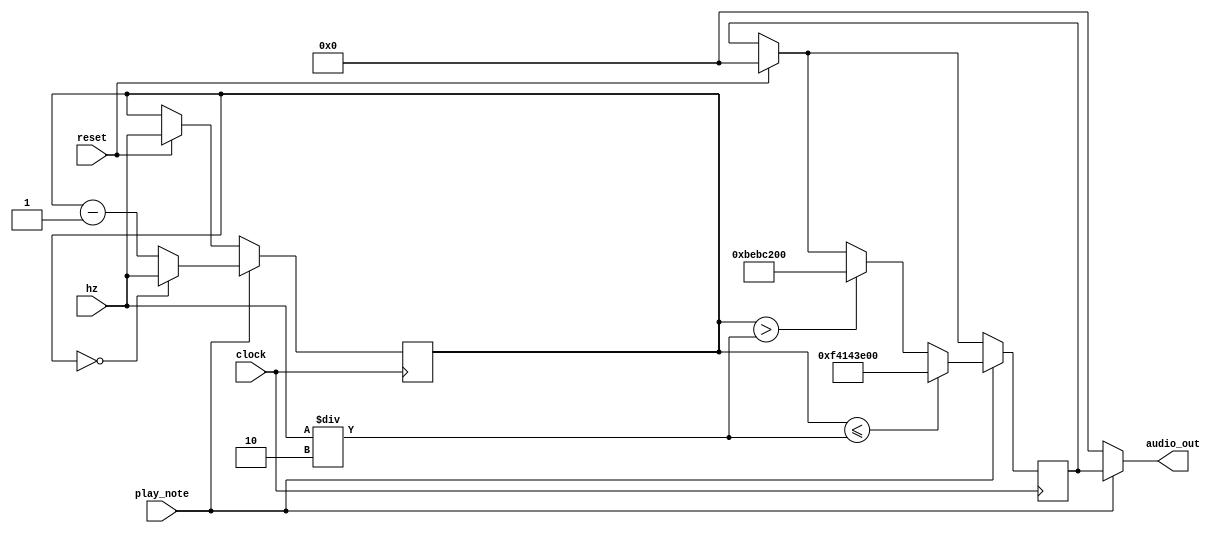
module Flat_Wave(
	input clock,
	input reset,
	input play_note,
	input [31:0]hz,
	output [31:0]audio_out
	);
	
	localparam AMPLITUDE = 32'd200000000;
	
	reg signed [31:0]amp;
	reg [31:0] counter;
	assign audio_out[31:0] = play_note ? amp : 32'b0;

	always@(posedge clock)begin

		if (reset) begin
			amp <= 32'b0;
			counter <= hz;
			end
		if (play_note) begin
			counter <= counter - 1'b1;
			if (counter > (hz / 2)) begin
				amp <= AMPLITUDE;
				end
			if (counter <= (hz / 2)) begin
				amp <= -AMPLITUDE;
				end
			if (counter == 0) begin
				counter <= hz;
				end
		end
	end
endmodule